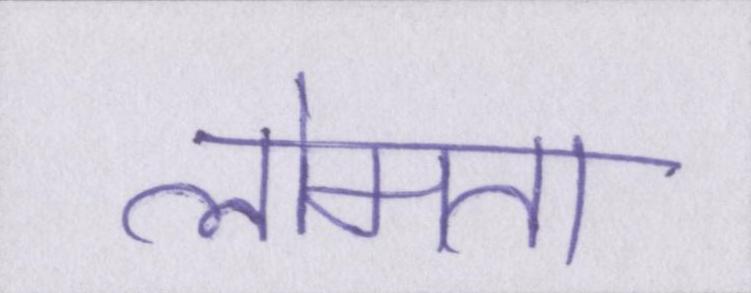
लोमता